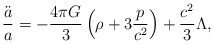
\begin{align*}{\ddot{a}\over a}=-{{4\pi G}\over 3}\left(\rho+3{p\over c^2}\right)+{c^2\over 3}\Lambda,\end{align*}